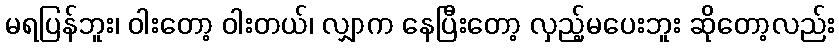
မရပြန်ဘူး၊ ဝါးတော့ ဝါးတယ်၊ လျှာက နေပြီးတော့ လှည့်မပေးဘူး ဆိုတော့လည်း